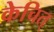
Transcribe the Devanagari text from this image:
केचित्